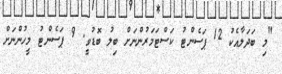
"މި ބަދަލާއެކު 12 ޕަސެންޓު ކަސްޓަމަރުންނަށް ބިލު ބޮޑުވީ. 9 ޕަސެންޓު މީހުންނަށް